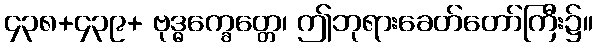
၄၃၈+၄၃၉+ ဗုဒ္ဓက္ခေတ္တေ၊ ဤဘုရားခေတ်တော်ကြီး၌။